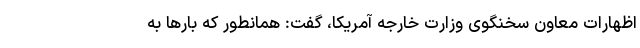
اظهارات معاون سخنگوی وزارت خارجه آمریکا، گفت: همانطور که بارها به